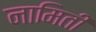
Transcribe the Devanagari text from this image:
नामिती